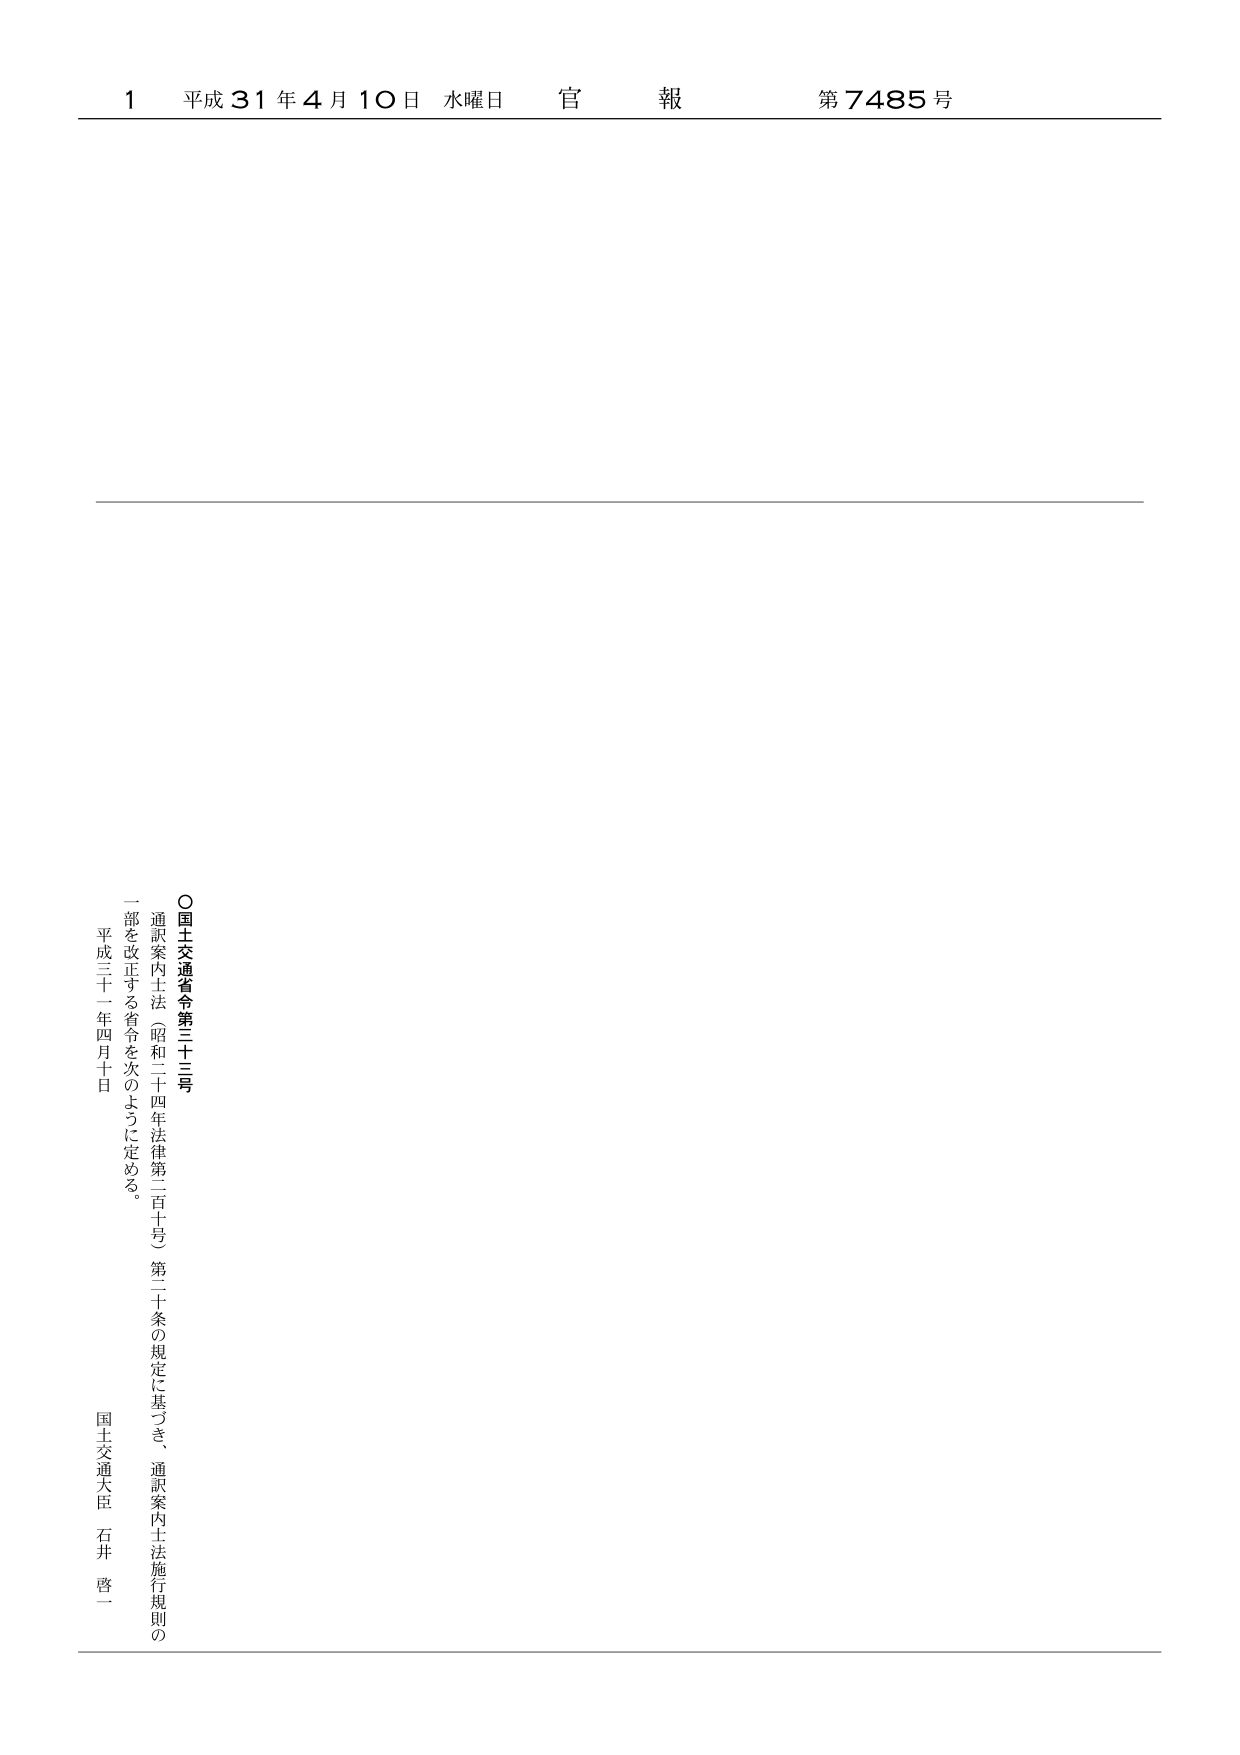
1 平成31年4月10日 水曜日 官 報 第7485号

○国土交通省令第三十三号

通訳案内士法（昭和二十四年法律第二百十号）第二十条の規定に基づき、通訳案内士法施行規則の一部を改正する省令を次のように定める。

平成三十一年四月十日

国土交通大臣 石井 啓一